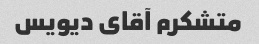
متشکرم آقای دیویس